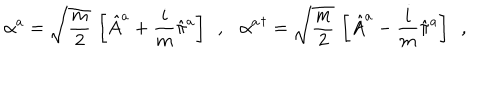
LaTeX: \alpha ^ { a } = \sqrt { \frac { m } { 2 } } \, \left[ \hat { A } ^ { a } + \frac { i } { m } \hat { \pi } ^ { a } \right] \ \ , \ \ \ { \alpha ^ { a } } ^ { \dagger } = \sqrt { \frac { m } { 2 } } \, \left[ \hat { A } ^ { a } - \frac { i } { m } \hat { \pi } ^ { a } \right] \ \ ,